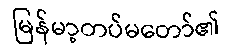
မြန်မာ့တပ်မတော်၏